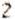
2